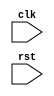
module reset_behavioral_model(
    input wire clk,
    input wire rst,
    // other input and output ports here
);

// Define register or signal declarations here

always @(posedge rst)
begin
    // Reset actions to be implemented here
end

// Other logic and code for the module

endmodule